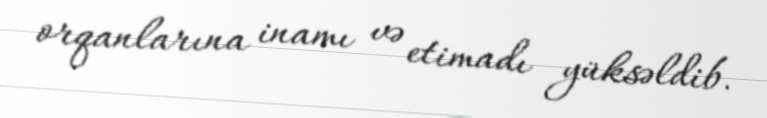
orqanlarına inamı və etimadı yüksəldib.